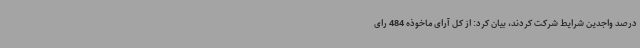
درصد واجدین شرایط شرکت کردند، بیان کرد: از کل آرای ماخوذه 484 رای